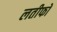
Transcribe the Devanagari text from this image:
लतीफों